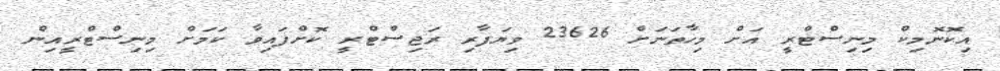
އިކޮނޮމިކް މިނިސްޓްރީ އަށް މިހާތަނަށް 23626 ވިޔަފާރި ރަޖިސްޓްރީ ކޮށްފައިވާ ކަމަށް މިނިސްޓްރީއިން